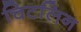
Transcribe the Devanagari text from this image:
चिटलिन